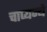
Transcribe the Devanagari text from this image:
चाप्यन्ये